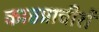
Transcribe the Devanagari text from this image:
काष्ठप्राचीरों